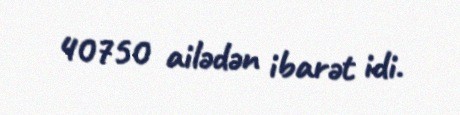
40750 ailədən ibarət idi.